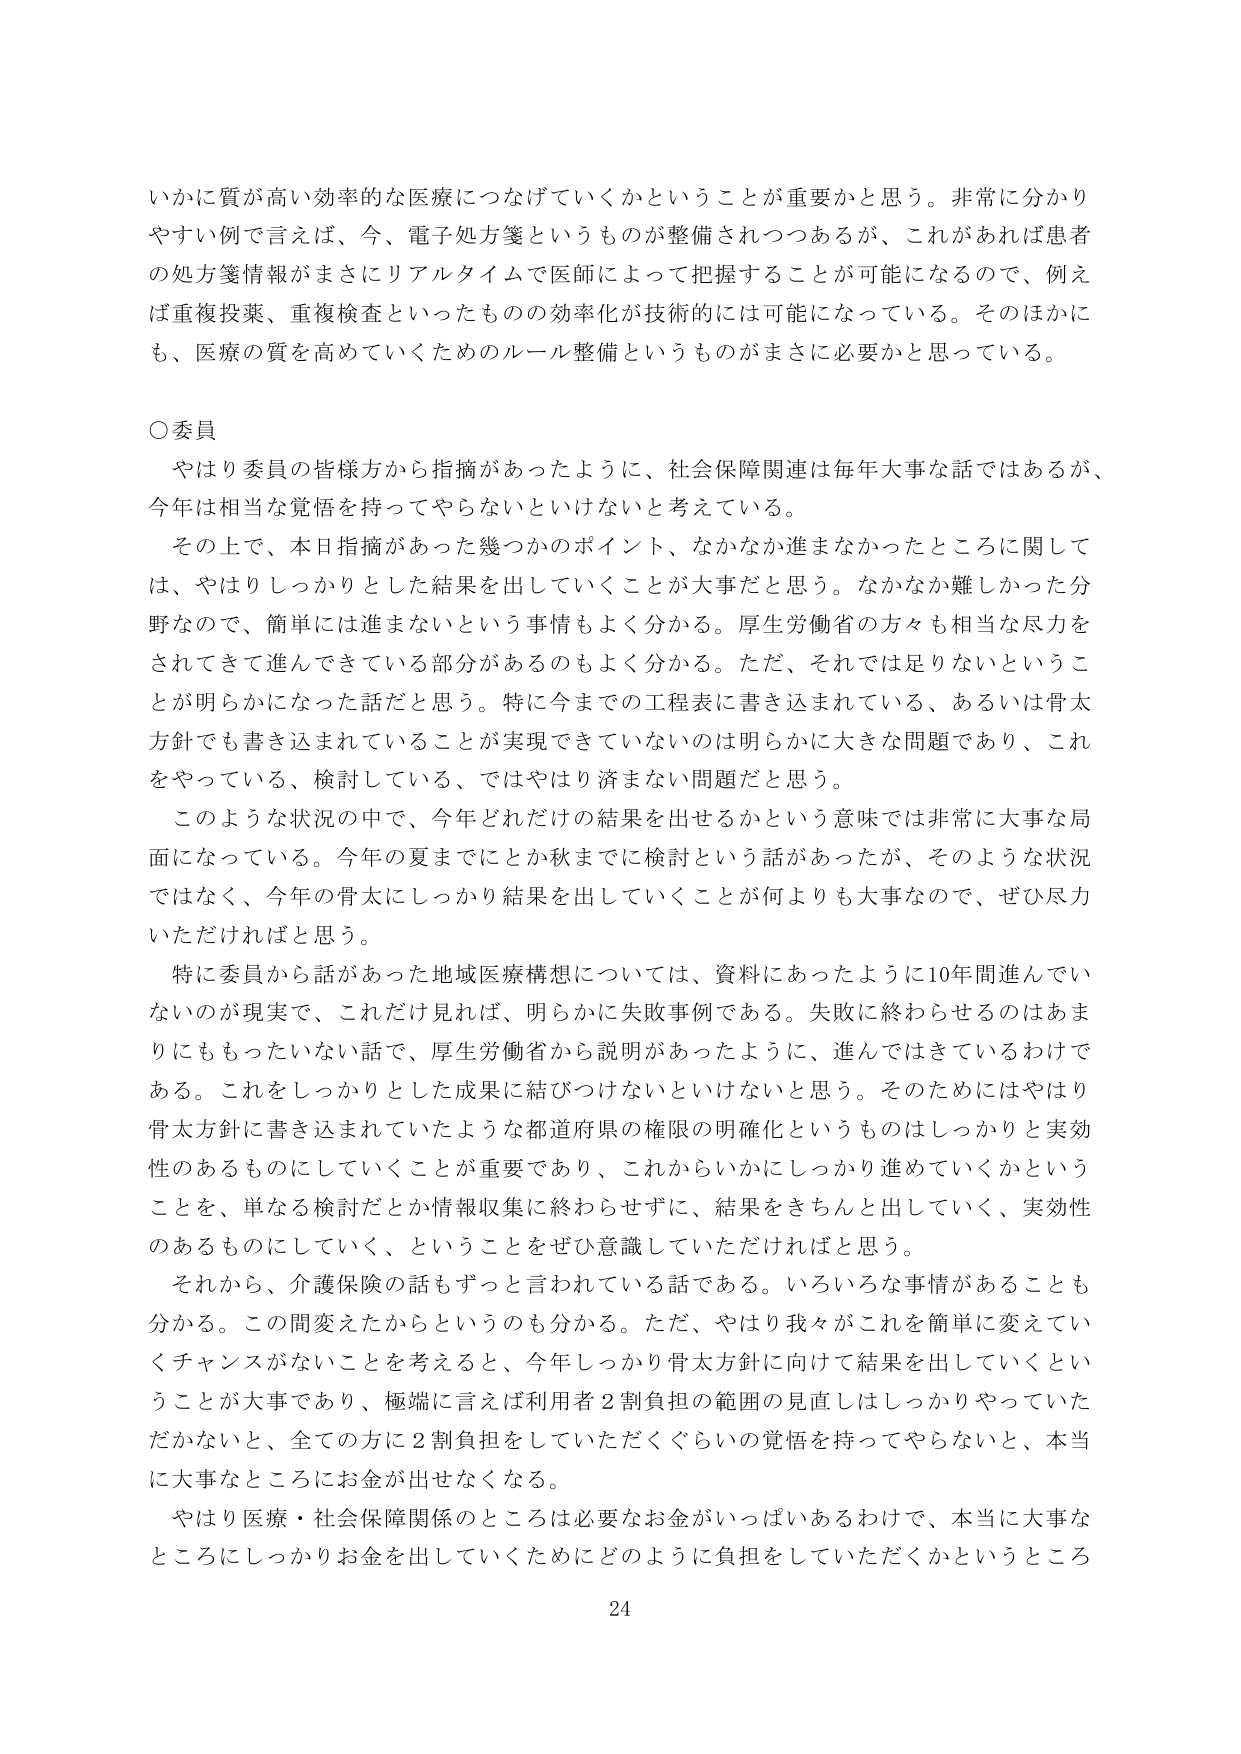
いかに質が高い効率的な医療につなげていくかということが重要かと思う。非常に分かりやすい例で言えば、今、電子処方箋というものが整備されつつあるが、これがあれば患者の処方箋情報がまさにリアルタイムで医師によって把握することが可能になるので、例えば重複投薬、重複検査といったものの効率化が技術的には可能になっている。そのほかにも、医療の質を高めていくためのルール整備というものがまさに必要かと思っている。

○委員
やはり委員の皆様方から指摘があったように、社会保障関連は毎年大事な話ではあるが、今年は相当な覚悟を持ってやらないといけないと考えている。
その上で、本日指摘があった幾つかのポイント、なかなか進まなかったところに関しては、やはりしっかりとした結果を出していくことが大事だと思う。なかなか難しかった分野なので、簡単には進まないという事情もよく分かる。厚生労働省の方々も相当な尽力をされてきて進んできている部分があるのもよく分かる。ただ、それでは足りないということが明らかになった話だと思う。特に今までの工程表に書き込まれている、あるいは骨太方針でも書き込まれていることが実現できていないのは明らかに大きな問題であり、これをやっている、検討している、ではやはり済まない問題だと思う。
このような状況の中で、今年どれだけの結果を出せるかという意味では非常に大事な局面になっている。今年の夏までにとか秋までに検討という話があったが、そのような状況ではなく、今年の骨太にしっかり結果を出していくことが何よりも大事なので、ぜひ尽力いただければと思う。
特に委員から話があった地域医療構想については、資料にあったように10年間進んでいないのが現実で、これだけ見れば、明らかに失敗事例である。失敗に終わらせるのはあまりにももったいない話で、厚生労働省から説明があったように、進んではきているわけである。これをしっかりとした成果に結びつけないといけないと思う。そのためにはやはり骨太方針に書き込まれていたような都道府県の権限の明確化というものはしっかりと実効性のあるものにしていくことが重要であり、これからいかにしっかり進めていくかということを、単なる検討だとか情報収集に終わらせず、結果をきちんと出していく、実効性のあるものにしていく、ということをぜひ意識していただければと思う。
それから、介護保険の話もずっと言われている話である。いろいろな事情があることも分かる。この間変えたからというのも分かる。ただ、やはり我々がこれを簡単に変えていくチャンスがないことを考えると、今年しっかり骨太方針に向けて結果を出していくということが大事であり、極端に言えば利用者2割負担の範囲の見直しはしっかりやっていただかないと、全ての方に2割負担をしていただくぐらいの覚悟を持ってやらないと、本当に大事なところにお金が出せなくなる。
やはり医療・社会保障関係のところは必要なお金がいっぱいあるわけで、本当に大事なところにしっかりお金を出していくためにどのように負担をしていただくかというところ

24